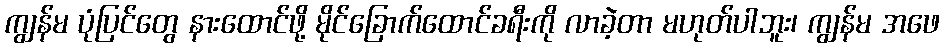
ကျွန်မ ပုံပြင်တွေ နားထောင်ဖို့ မိုင်ခြောက်ထောင်ခရီးကို လာခဲ့တာ မဟုတ်ပါဘူး၊ ကျွန်မ အဖေ